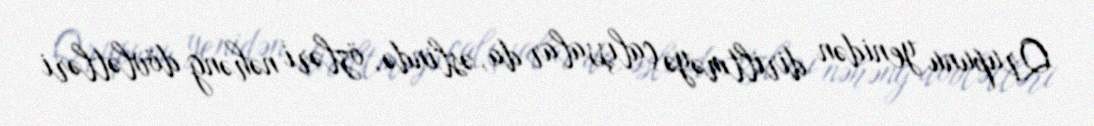
Qrupunu yenidən diriltməyə çalışsalar da, əslində, özləri nəhəng dövlətləri